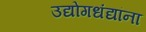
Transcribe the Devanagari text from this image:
उद्योगधंद्यांना